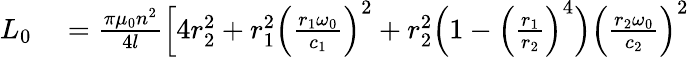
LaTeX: \begin{array}{rl}{L_{0}}&{{}=\frac{\pi\mu_{0}n^{2}}{4l}\Big[4r_{2}^{2}+r_{1}^{2}\Big(\frac{r_{1}\omega_{0}}{c_{1}}\Big)^{2}+r_{2}^{2}\Big(1-\Big(\frac{r_{1}}{r_{2}}\Big)^{4}\Big)\Big(\frac{r_{2}\omega_{0}}{c_{2}}\Big)^{2}}\end{array}